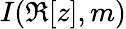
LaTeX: I(\Re[z],m)